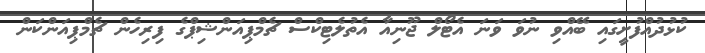
ކުޅުދުއްފުށީގައި ބޭއްވި ނުވަ ވަނަ އެޓޯލް ޖޫނިއާ އެތުލެޓިކްސް ޗެމްޕިއަންޝިޕްގެ ފިރިހެން ޗެމްޕިއަންކަން